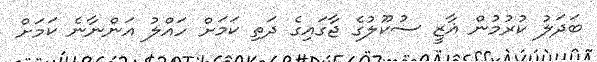
ބަދަލު ކުރުމުން ޣާޒީ ސުކޫލުގެ ޖާގައިގެ ދަތި ކަމަށް ހައްލު އަންނާނެ ކަމަށް